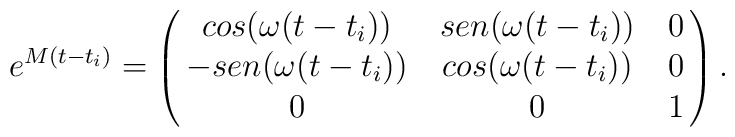
e^{M(t-t_i)}=\pmatrix{cos(\omega{}(t-t_i))&sen(\omega{}(t-t_i))&0\cr-sen(\omega{}(t-t_i))&cos(\omega{}(t-t_i))&0\cr 0&0&1\cr}.